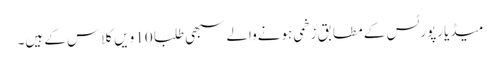
میڈیا رپورٹس کے مطابق زخمی ہونےوالے سبھی طلبا 10 ویں کلاس کے ہیں۔